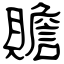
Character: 贍